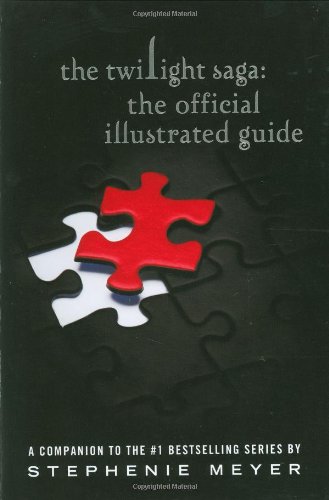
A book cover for The Twilight Saga: The Official Illustrated Guide; Stephenie Meyer; Teen & Young Adult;